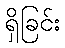
ရှိခြင်း